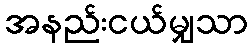
အနည်းငယ်မျှသာ